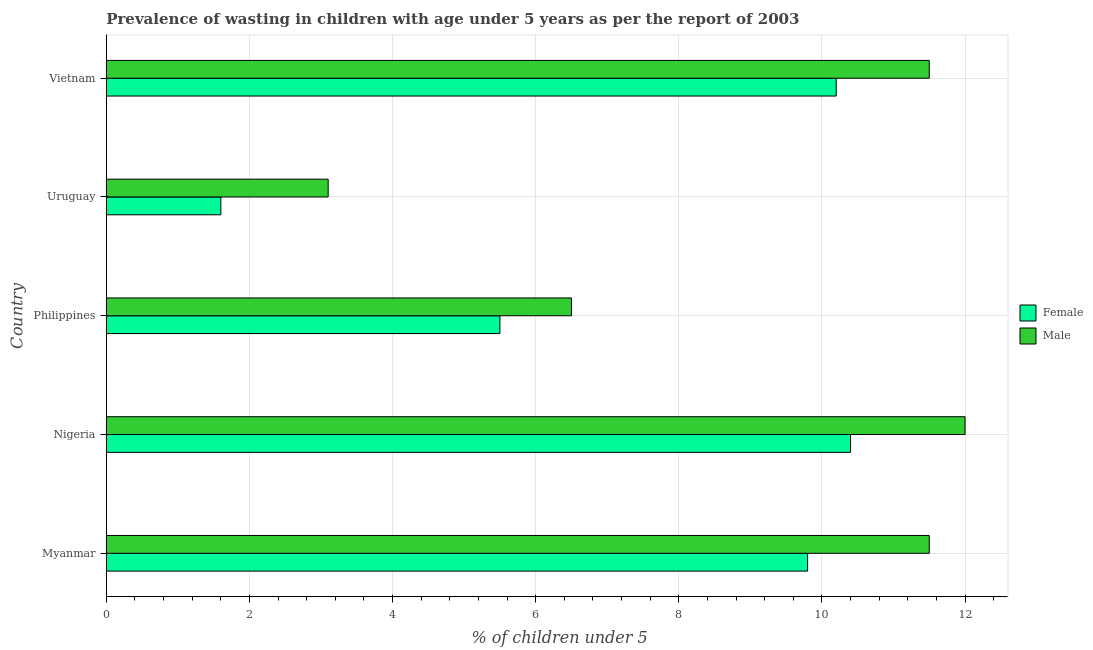
| Country | Female | Male |
 | --- | --- | --- |
 | Myanmar | 9.8 | 11.5 |
 | Nigeria | 10.4 | 12 |
 | Philippines | 5.5 | 6.5 |
 | Uruguay | 1.6 | 3.1 |
 | Vietnam | 10.2 | 11.5 |